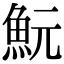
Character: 魭